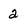
Character: 2